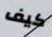
كيف